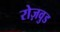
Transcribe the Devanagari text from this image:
रोज़वुड